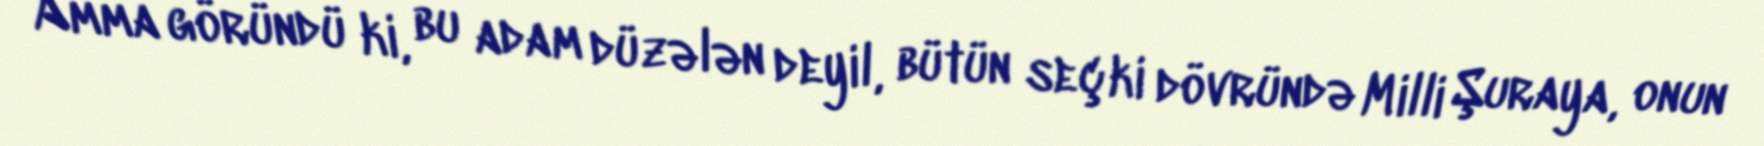
Amma göründü ki, bu adam düzələn deyil, bütün seçki dövründə Milli Şuraya, onun